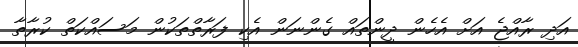
އަދި ރާއްޖެ އަށް އެހެން ދީންތައް ގެންނަން އެކި ފަރާތްތަކުން މަސައްކަތް ކުރާތާ